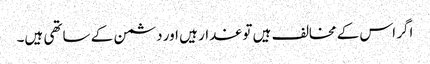
اگر اس کے مخالف ہیں تو غدار ہیں اور دشمن کے ساتھی ہیں۔